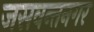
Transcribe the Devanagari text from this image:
जसवन्तनगर